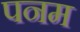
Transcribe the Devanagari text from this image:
पनम